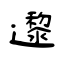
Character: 邌